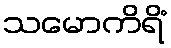
သမောကိရိံ